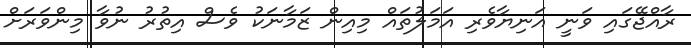
ރާއްޖޭގައި ވަނީ އަނިޔާވެރި އަމަލުތައް މިއިން ޒަމާނަކު ވެސް އިތުރު ނުވާ މިންވަރަށް